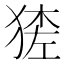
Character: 𱮉